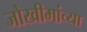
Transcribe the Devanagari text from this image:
जोखीमांच्या